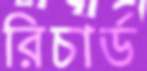
রিচার্ড